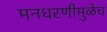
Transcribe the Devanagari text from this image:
मनधरणीमुळेच